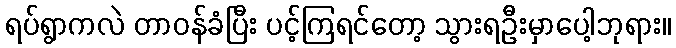
ရပ်ရွာကလဲ တာဝန်ခံပြီး ပင့်ကြရင်တော့ သွားရဦးမှာပေါ့ဘုရား။